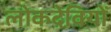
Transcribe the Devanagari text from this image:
लोकदेवियों